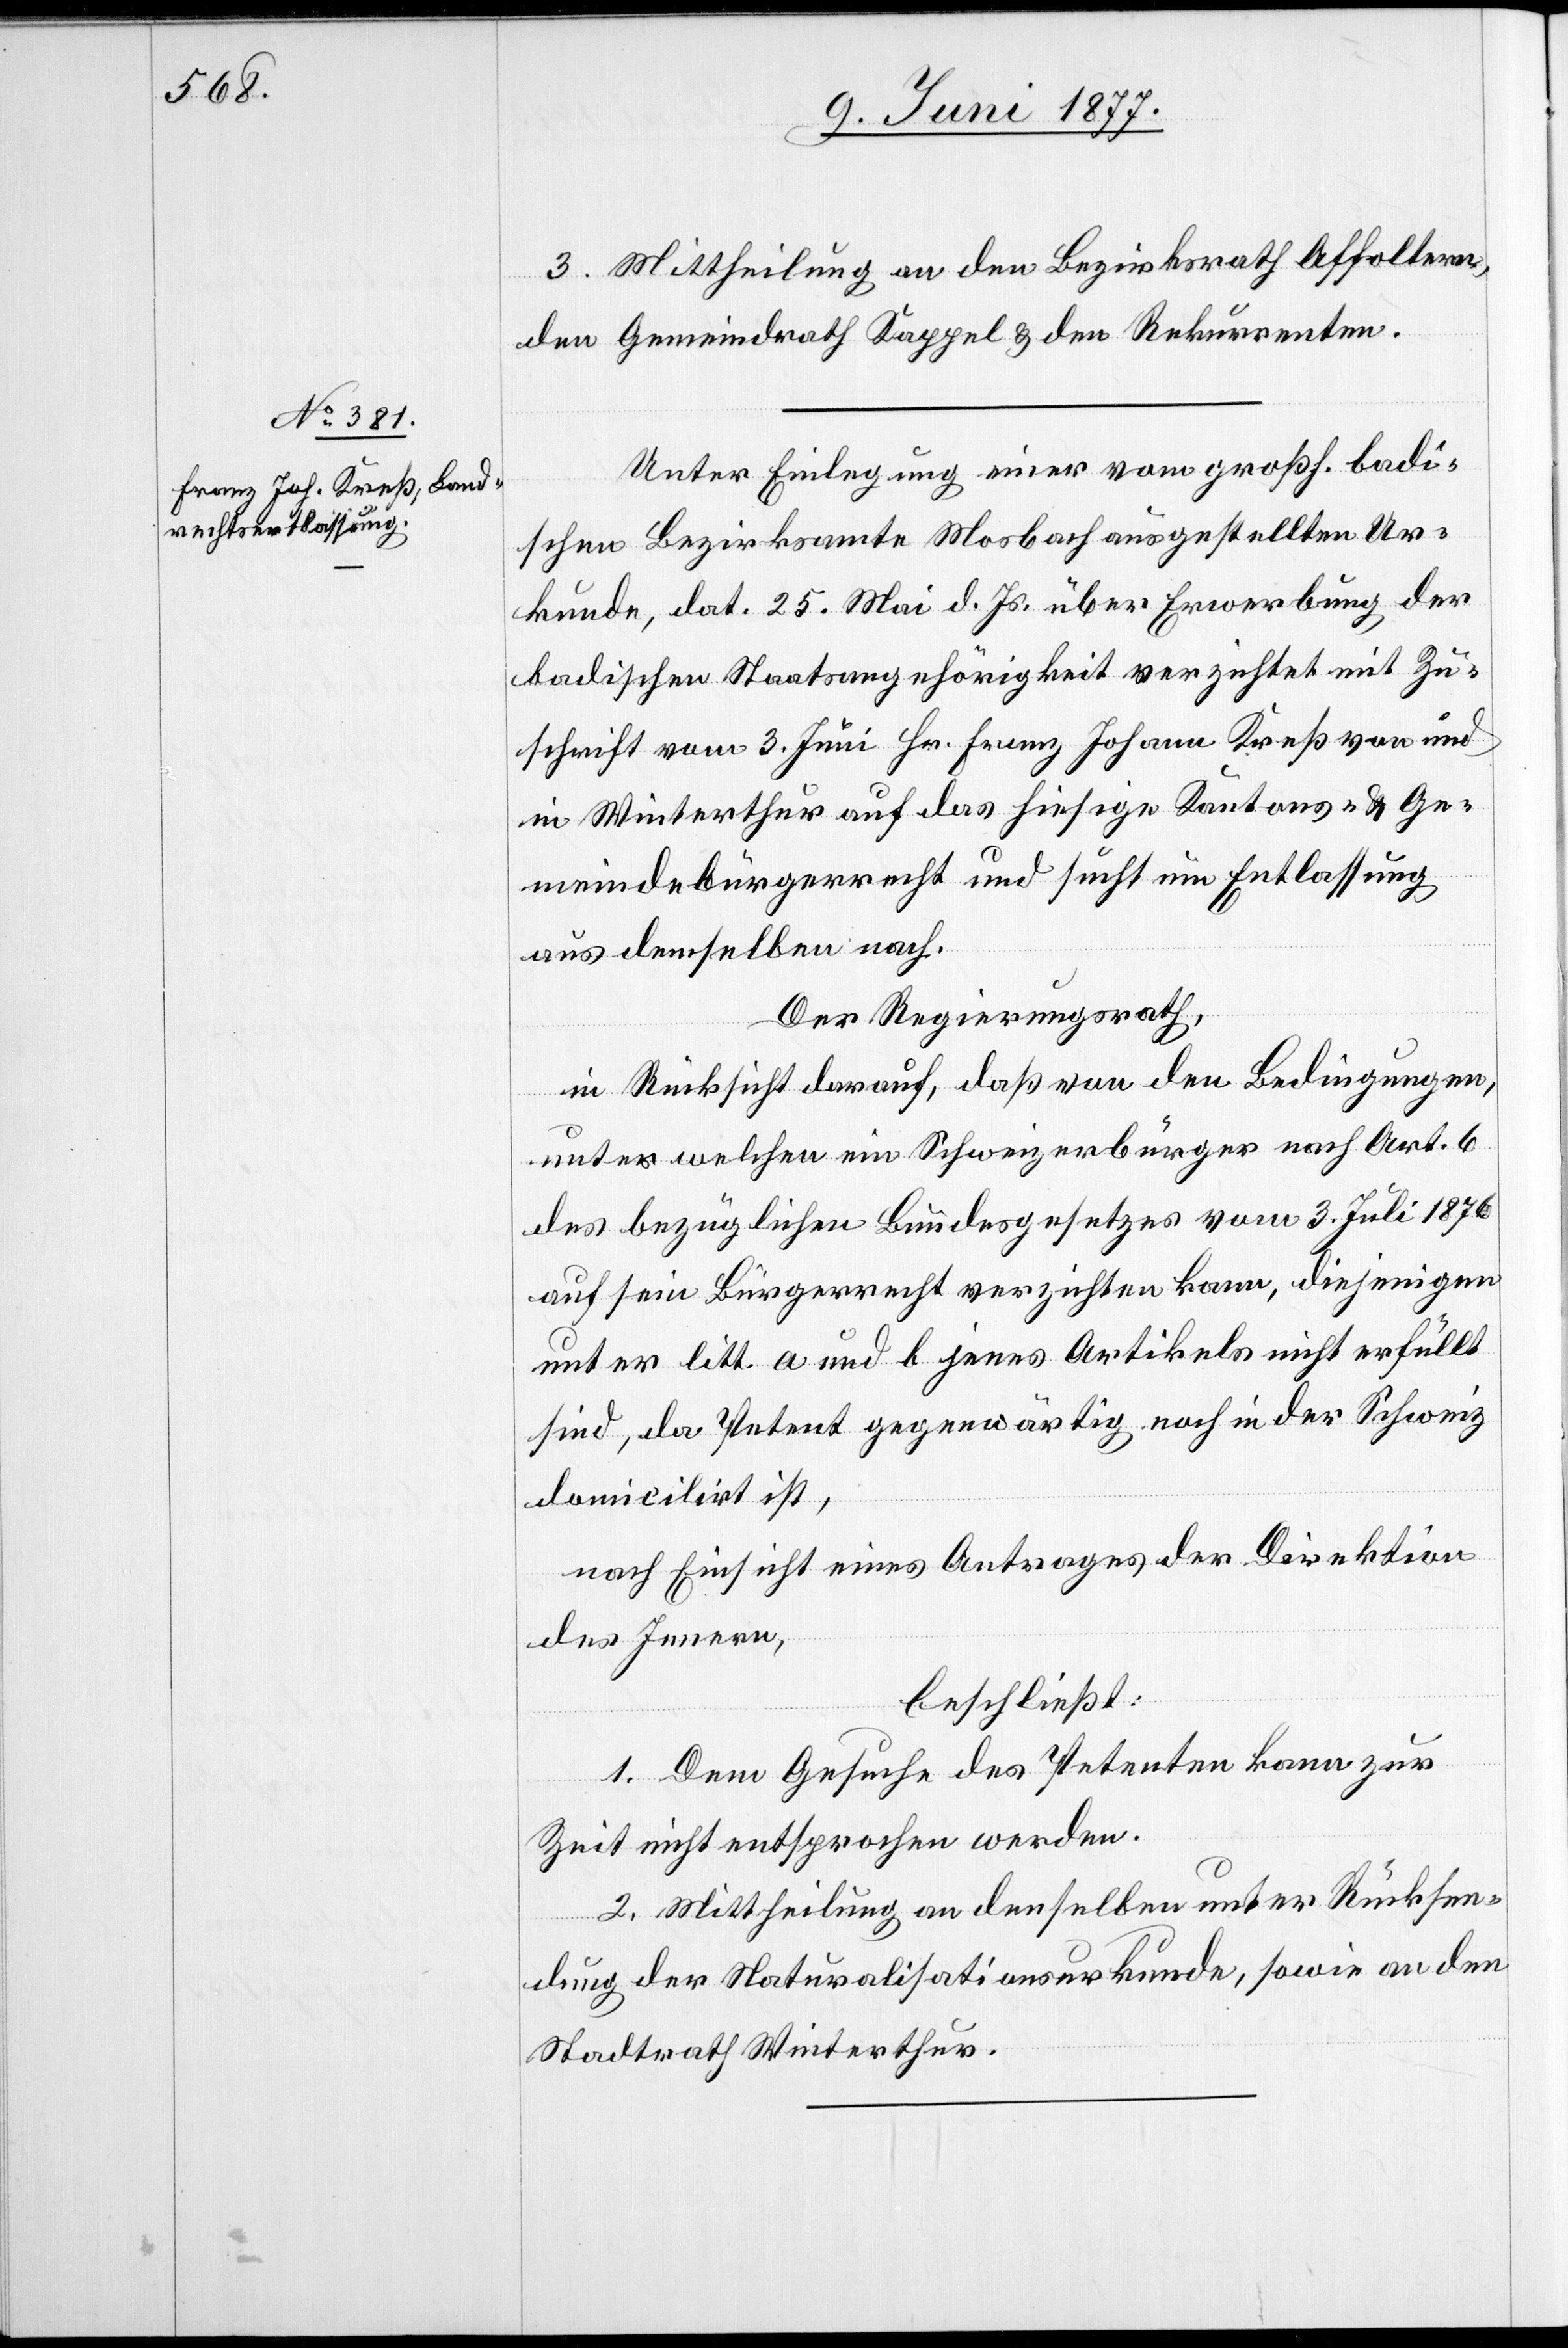
osbach]

3. Mittheilung an den Bezirksrath Affoltern,
den Gemeindrath Kappel & den Rekurrenten.
Unter Einlegung einer vom großh. badi¬
schen Bezirksamte Moobach [recte: Mo¬
Urkunde, dat. 25. Mai d. Js. über Erwerbung der
badischen Staatsangehörigkeit verzichtet mit Zu¬
schrift vom 3. Juni Hr. Franz Johann Kreß von und
in Winterthur auf das hiesige Kantons- und Ge¬
meindebürgerrecht und sucht um Entlassung
aus demselben nach.
Der Regierungsrath,
in Rücksicht darauf, daß von den Bedingungen,
unter welchen ein Schweizerbürger nach Art. 6
des bezüglichen Bundesgesetzes vom 3. Juli 1876
auf sein Bürgerrecht verzichten kann, diejenigen
unter litt. a und b jenes Artikels nicht erfüllt
sind, da Petent gegenwärtig noch in der Schweiz
domicilirt ist,
nach Einsicht eines Antrages der Direktion
des Innern,
beschließt:
1. Dem Gesuche des Petenten kann zur
Zeit nicht entsprochen werden.
2. Mittheilung an denselben unter Rücksen¬
dung der Naturalisationsurkunde, sowie an den
Stadtrath Winterthur.